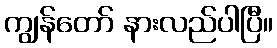
ကျွန်တော် နားလည်ပါပြီ။